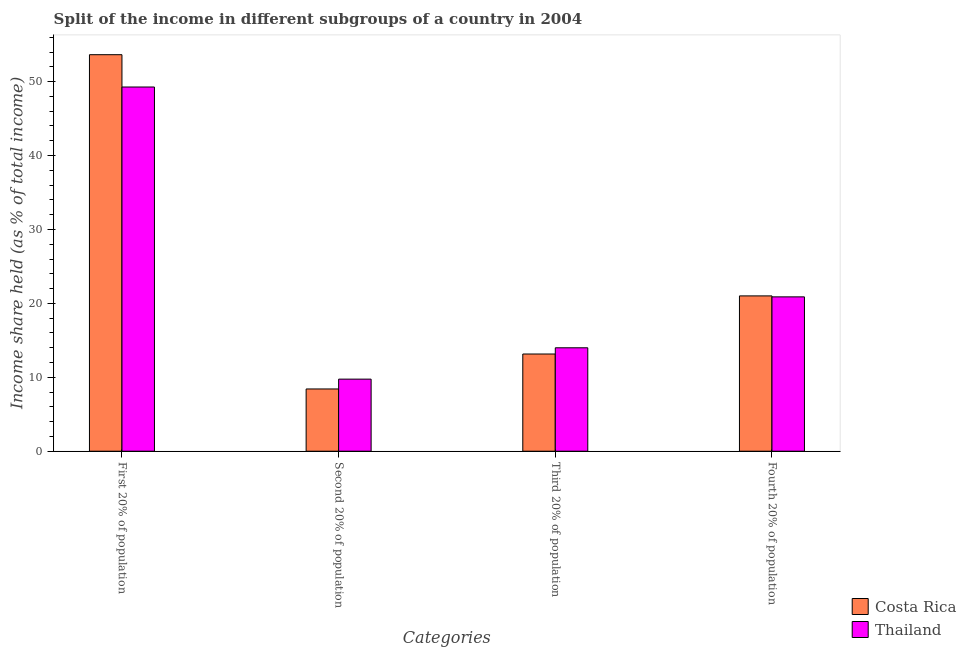
| Categories | Costa Rica | Thailand |
 | --- | --- | --- |
 | First 20% of population | 53.6 | 49.3 |
 | Second 20% of population | 8.42 | 9.75 |
 | Third 20% of population | 13.2 | 14 |
 | Fourth 20% of population | 21 | 20.9 |